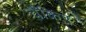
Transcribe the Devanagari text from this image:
चैंकिए